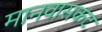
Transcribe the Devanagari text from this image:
मानवासकट